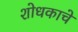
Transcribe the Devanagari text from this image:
शोधकाचे